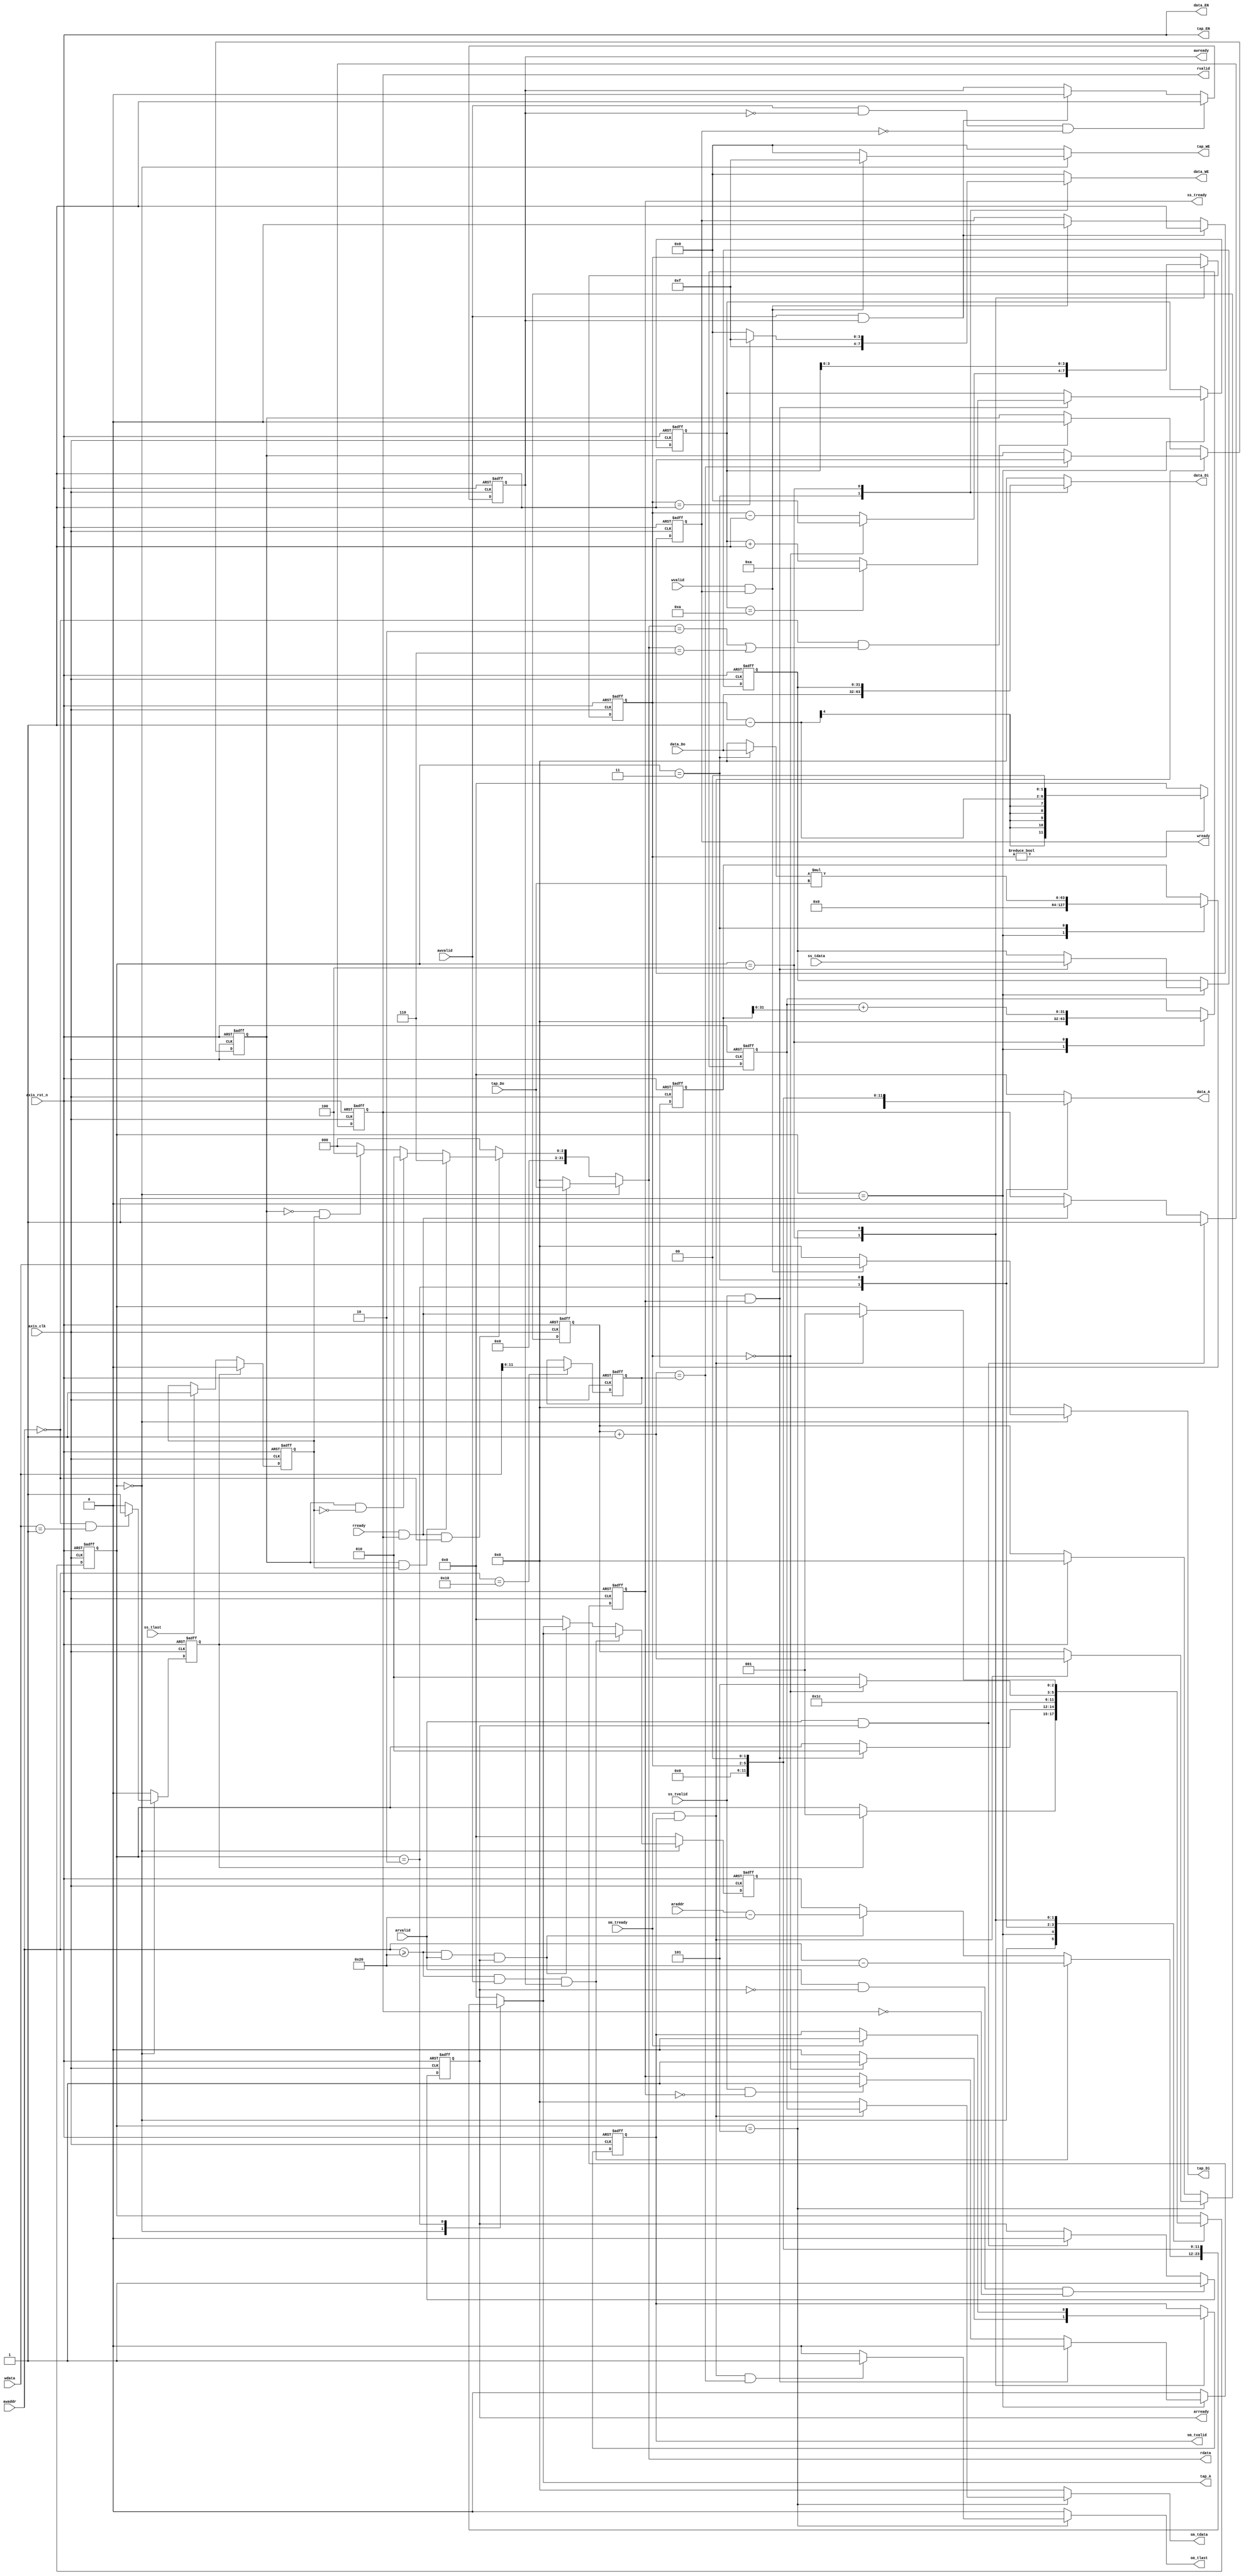
`timescale 1ns / 1ps
module fir 
#(  parameter pADDR_WIDTH = 12,
    parameter pDATA_WIDTH = 32,
    parameter Tape_Num    = 11
)
(
    output  reg                      awready,
    output  reg                      wready,
    input   wire                     awvalid,
    input   wire [(pADDR_WIDTH-1):0] awaddr,
    input   wire                     wvalid,
    input   wire [(pDATA_WIDTH-1):0] wdata,
	
    output  reg                      arready,
    input   wire                     rready,
    input   wire                     arvalid,
    input   wire [(pADDR_WIDTH-1):0] araddr,
    output  reg                      rvalid,
    output  reg  [(pDATA_WIDTH-1):0] rdata,   
	
    input   wire                     ss_tvalid, 
    input   wire [(pDATA_WIDTH-1):0] ss_tdata, 			//32bits
    input   wire                     ss_tlast, 
    output  reg                      ss_tready, 
	
    input   wire                     sm_tready, 
    output  reg                      sm_tvalid, 
    output  reg  [(pDATA_WIDTH-1):0] sm_tdata, 			
    output  reg                      sm_tlast, 
    
    // bram for tap RAM
    output  reg [3:0]               tap_WE,
    output  wire                    tap_EN,
    output  reg [(pDATA_WIDTH-1):0] tap_Di,
    output  reg [(pADDR_WIDTH-1):0] tap_A,
    input       [(pDATA_WIDTH-1):0] tap_Do,

    // bram for data RAM
    output  reg [3:0]               data_WE,
    output  wire                    data_EN,
    output  reg [(pDATA_WIDTH-1):0] data_Di,
    output  reg [(pADDR_WIDTH-1):0] data_A,       //12
    input   wire [(pDATA_WIDTH-1):0] data_Do,

    input   wire                     axis_clk,
    input   wire                     axis_rst_n
);

localparam TAP    = 3'd0;
localparam READ   = 3'd1;
localparam R_BRAM = 3'd2;
localparam W_BRAM = 3'd3;
localparam ADD    = 3'd4;
localparam OUTPUT = 3'd5;


reg ap_start;
reg ap_done;
reg ap_idle;
reg [31:0] count;
reg [2:0] state,next_state;

reg [4:0] N;
reg [3:0] loop;
reg [31:0] data_temp;
reg [31:0] read_bramdata;
reg [31:0] acc;
reg [31:0] h;

reg [11:0] data_length;
reg [11:0] tap_A_mem;
reg [63:0] product;


always@(posedge axis_clk or negedge axis_rst_n) begin
	if(!axis_rst_n) state <= TAP;
	else            state <= next_state;
end

always@(*) begin
	next_state = state;
	case(state)
		TAP : if(ap_start==1'd1)                       next_state = READ;
		READ: if(ss_tvalid==1'd1 && ss_tready==1'd1)   next_state = R_BRAM;
		R_BRAM:                                        next_state = W_BRAM;
		W_BRAM:                                        next_state = ADD;
		ADD:  	if(loop == 4'd0)                       next_state = OUTPUT;
				else                                   next_state = R_BRAM;
		OUTPUT: if(sm_tready==1'd1 && sm_tvalid==1'd1) next_state = READ;                   
	endcase
end


//--------------	AXI read	---------------------//

always@(posedge axis_clk or negedge axis_rst_n) begin
	if(!axis_rst_n) begin
		awready <= 1'd0;
	end
	else begin
		if(awvalid==1'd1 && awready==1'd0 && wready==1'd0) awready <= 1'd1;
		else if(awvalid==1'd1 && awready==1'd1) 		   awready <= 1'd0;
		else                                               awready <= awready;
	end
end
always@(posedge axis_clk or negedge axis_rst_n) begin
	if(!axis_rst_n) begin
		wready <= 1'd0;
	end
	else begin
		if(awvalid==1'd1 && awready==1'd1)      wready <= 1'd1;
		else if(wvalid==1'd1 && wready == 1'd1) wready <= 1'd0;
		else                                    wready <= wready;
	end
end

always@(posedge axis_clk or negedge axis_rst_n) begin
	if(~axis_rst_n) begin
		data_length <= 12'd0;
	end
	else begin
		if(awaddr==12'h10) begin
			data_length <= wdata;
		end
		else begin
			data_length <= data_length;
		end
	end
end

//--------------	AXI write	---------------------//

always@(posedge axis_clk or negedge axis_rst_n) begin
	if(!axis_rst_n) begin
		arready <= 1'd0;
	end
	else begin
		if(arvalid==1'd1 && arready==1'd0 && rvalid==1'd0) arready <= 1'd1;
		else if(arvalid==1'd1 && arready==1'd1)            arready <= 1'd0;
		else                                               arready <= arready;
	end
end
always@(posedge axis_clk or negedge axis_rst_n) begin
	if(!axis_rst_n) begin
		rvalid <= 1'd0;
	end
	else begin
		if(arready==1'd1 && arvalid==1'd1)    rvalid <= 1'd1;
		else if(rready==1'd1 && rvalid==1'd1) rvalid <= 1'd0;
		else                                  rvalid <= rvalid;
	end
end

always@(*) begin
	case(state)
	TAP: begin
		if(rvalid==1'd1 && rready==1'd1) rdata = tap_Do;
		else 							 rdata = 32'h0;
	end
	default: begin
		if(rvalid==1'd1 && rready==1'd1 && awaddr==12'h0) begin
			if     (ap_done==1'd1 && ap_idle==1'd1) rdata = 32'h6;
			else if(ap_done==1'd1 && ap_idle==1'd0) rdata = 32'h2;
			else if(ap_done==1'd0 && ap_idle==1'd1) rdata = 32'h4;
			else                                    rdata = 32'h0;
		end
		else begin
			rdata = 32'h0;
		end
	end
	endcase
end

//--------------	ap control	---------------------//

always@(posedge axis_clk or negedge axis_rst_n) begin
	if(~axis_rst_n) begin
		ap_start <= 1'd0;
	end
	else begin
		case(state)
		TAP: begin
			if(awaddr==12'h00 && wdata==32'h0000_0001) ap_start <= 1'd1;
			else 									   ap_start <= 1'd0;
		end
		default: begin
			ap_start <= 1'd0;
		end
		endcase
	end
end


always@(posedge axis_clk or negedge axis_rst_n) begin
	if(~axis_rst_n) begin
		ap_idle <= 1'd1;
	end
	else begin
		if(ap_start==1'd1)      ap_idle <= 1'd0;
		else if(ss_tlast==1'd1) ap_idle <= 1'd1;
		else                    ap_idle <= ap_idle;
	end
end

always@(posedge axis_clk or negedge axis_rst_n) begin
	if(~axis_rst_n) begin
		ap_done <= 1'd0;
	end
	else begin
		if(sm_tready==1'd1 && sm_tvalid==1'd1) begin
			if(count+1'd1==data_length) ap_done <= 1'd1;
		end
		else if(awaddr==12'h0 && (rdata == 32'h2 || rdata == 32'h6)) begin
			ap_done <= 1'd0;
		end
		else begin
			ap_done <= ap_done;
		end
	end
end

//--------------	tap BRAM11	---------------------//

assign tap_EN = axis_rst_n;

always@(*) begin
	case(state)
	TAP: begin
		if(awaddr>=12'h20 && awvalid==1'd1 && awready==1'd1)      tap_A = awaddr-12'h20;
		else if(awaddr>=12'h20 && arvalid==1'd1 && arready==1'd1) tap_A = araddr-12'h20;
		else                                                      tap_A = tap_A_mem;
	end
	R_BRAM: begin
		tap_A = loop << 2;
	end
	default: begin
		tap_A = 12'h0;
	end
	endcase
end

always@(posedge axis_clk or negedge axis_rst_n) begin
	if(~axis_rst_n) begin
		tap_A_mem <= 12'h0;
	end
	else begin
		case(state)	
		TAP: begin
			if(awaddr>=12'h20 && awvalid==1'd1 && awready==1'd1)      tap_A_mem <= tap_A;
			else if(awaddr>=12'h20 && arvalid==1'd1 && arready==1'd1) tap_A_mem <= tap_A;
			else                                                      tap_A_mem <= 12'h0;
		end
		default: begin
			tap_A_mem <= 12'h0;
		end
		endcase
	end
end

always@(*) begin
	case(state)
	TAP: begin
		if(wvalid==1'd1 && wready==1'd1)   tap_Di = wdata;
		else 							   tap_Di = 32'd0; 
	end
	default: begin
		tap_Di = 32'd0; 
	end
	endcase
end

always@(*) begin
	case(state)
	TAP: begin
		if(wvalid==1'd1 && wready==1'd1)   tap_WE = 4'b1111;
		else 							   tap_WE = 4'b0000;
	end
	default: begin
		tap_WE = 4'b0000;
	end
	endcase
end


/*always@(*) begin
	case(state)
	W_BRAM: begin
		h = tap_Do;
	end
	default: begin
		h = 32'd0;
	end
	endcase

end*/


//---------------------------------------------------//
//                  ss stream                        //
//---------------------------------------------------//

always@(posedge axis_clk or negedge axis_rst_n) begin
	if(!axis_rst_n) begin
		ss_tready <= 1'd0;
	end
	else begin
		case(state)
		READ: begin
			if(ss_tvalid==1'd1 && ss_tready==1'd1) begin
				ss_tready <= 1'd0;
			end
			else if(ss_tvalid==1'd1 && ss_tready==1'd0) begin
				ss_tready <= 1'd1;
			end
		end
		R_BRAM: begin
			ss_tready <= 1'd0;
		end
		default: begin
			ss_tready <= 1'd0;
		end
		endcase
	end
end

//--------------	data BRAM11	---------------------//

assign data_EN = axis_rst_n;

always@(*) begin
	case(state)
	W_BRAM: begin
		//data_Di = read_bramdata;
		data_Di = data_Do;
	end
	ADD: begin
		data_Di = data_temp;
	end
	default: begin
		data_Di = 32'd0;
	end
	endcase
end

always@(*) begin
	case(state)
	W_BRAM: begin
		read_bramdata = data_Do;
	end
	default: begin
		read_bramdata = 32'd0;
	end
	endcase
end

always@(*) begin
	case(state)
	R_BRAM: begin
		if(loop != 4'd0) data_A = (loop - 4'd1) << 2;
		else             data_A = 12'd0;
	end
	W_BRAM: begin
		data_A = loop << 2;
	end
	ADD: begin
		data_A = 12'h0;
	end
	default: begin
		data_A = 12'd0;
	end
	endcase
end

always@(*) begin
	case(state)
	R_BRAM: begin
		data_WE = 4'b0000;
	end
	W_BRAM: begin
		data_WE = 4'b1111;
	end
	ADD: begin
		if(loop==4'd1) data_WE = 4'b1111;
		else           data_WE = 4'b0000;
	end
	default: begin
		data_WE = 4'b0000;
	end
	endcase
end




//--------------	fir stream	---------------------//

always@(posedge axis_clk or negedge axis_rst_n) begin
	if(~axis_rst_n) begin
		data_temp <= 32'd0;
	end
	else begin
		case(state)
		READ: begin
			if(ss_tvalid==1'd1 && ss_tready==1'd1) 
				data_temp <= ss_tdata;
		end
		default: begin
			data_temp <= data_temp;
		end
		endcase
	end
end


always@(posedge axis_clk or negedge axis_rst_n) begin
	if(~axis_rst_n) begin
		product <= 64'd0; 
	end
	else begin
		case(state)
		READ: begin
			product <= 64'd0;
		end
		W_BRAM: begin
			product <= read_bramdata * tap_Do;
			//product <= data_Do * tap_Do;
		end
		default: begin
			product <= product;
		end
		endcase
	end
end

always@(posedge axis_clk or negedge axis_rst_n) begin
	if(~axis_rst_n) begin
		acc <= 32'd0; 
	end
	else begin
		case(state)
		READ: begin
			acc <= 32'd0;
		end
		ADD: begin
			acc <= acc + product;
		end
		default: begin
			acc <= acc;
		end
		endcase
	end
end


always@(posedge axis_clk or negedge axis_rst_n) begin
	if(~axis_rst_n) begin
		loop <= 4'd0;
	end
	else begin
		case(state)
		ADD: begin
			if(loop==4'd0) loop <= 4'd0;
			else           loop <= loop - 4'd1;
		end
		OUTPUT: begin
			loop <= N;
		end
		default: begin
			loop <= loop;
		end
		endcase
	end
end

always@(posedge axis_clk or negedge axis_rst_n) begin
	if(~axis_rst_n) begin
		N <= 5'd0;
	end
	else begin
		case(state)
		READ: begin
			if(ss_tvalid==1'd1 && ss_tready==1'd1) begin
				if(N == 5'd10) N <= 5'd10;
				else           N <= N + 5'd1;
			end
		end
		default: begin
			N <= N;
		end
		endcase
	end
end

//--------------	sm stream	---------------------//

always@(*) begin
	case(state)
	OUTPUT: begin
		if(sm_tready==1'd1 && sm_tvalid==1'd1) begin
			sm_tdata = acc;
		end
		else begin
			sm_tdata = 32'd0;
		end
	end
	default: begin
		sm_tdata = 32'd0;
	end
	endcase
end

always@(*) begin
	case(state)
	OUTPUT: begin
		if(sm_tready==1'd1 && sm_tvalid==1'd1 && count+1'd1 == data_length) begin
			sm_tlast = 1'd1;
		end
		else begin
			sm_tlast = 1'd0;
		end
	end
	default: begin
		sm_tlast = 1'd0;
	end
	endcase
end


always@(posedge axis_clk or negedge axis_rst_n) begin
	if(!axis_rst_n) begin
		sm_tvalid <= 1'd0;
	end
	else begin
		case(state)
		ADD: begin
			if(loop==4'd0) sm_tvalid <= 1'd1;
			else           sm_tvalid <= 1'd0;
		end
		OUTPUT: begin
			if(sm_tready==1'd1) begin
				sm_tvalid <= 1'd0;
			end
		end
		default: begin
			sm_tvalid <= sm_tvalid;
		end
		endcase
	end
end

always@(posedge axis_clk or negedge axis_rst_n) begin
	if(~axis_rst_n) begin
		count <= 32'd0;
	end
	else begin
		case(state)
		OUTPUT: begin
			if(sm_tready==1'd1 && sm_tvalid==1'd1) count <= count + 1'd1;
		end
		default: begin
			if(ap_start==1'd1) begin
				count <= 32'd0;
			end
		end
		endcase
	end
end


endmodule